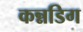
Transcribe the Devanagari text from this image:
कन्नडिग